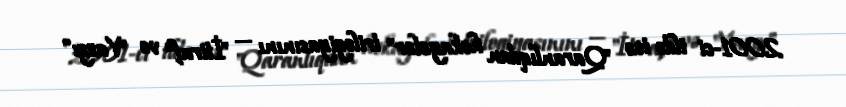
2001-ci ildə isə "Qaranlıqdan hekayələr" trilogiyasınını — "İtiraf" və "Yazgı"